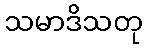
သမာဒိသတု